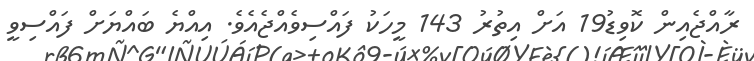
ރާއްޖެއިން ކޮވިޑު19 އަށް އިތުރު 143 މީހަކު ފައްސިވެއްޖެއެވެ. އިއްޔެ ބައްޔަށް ފައްސިވީ